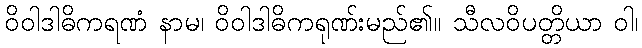
ဝိဝါဒါဓိကရဏံ နာမ၊ ဝိဝါဒါဓိကရုဏ်းမည်၏။ သီလဝိပတ္တိယာ ဝါ၊